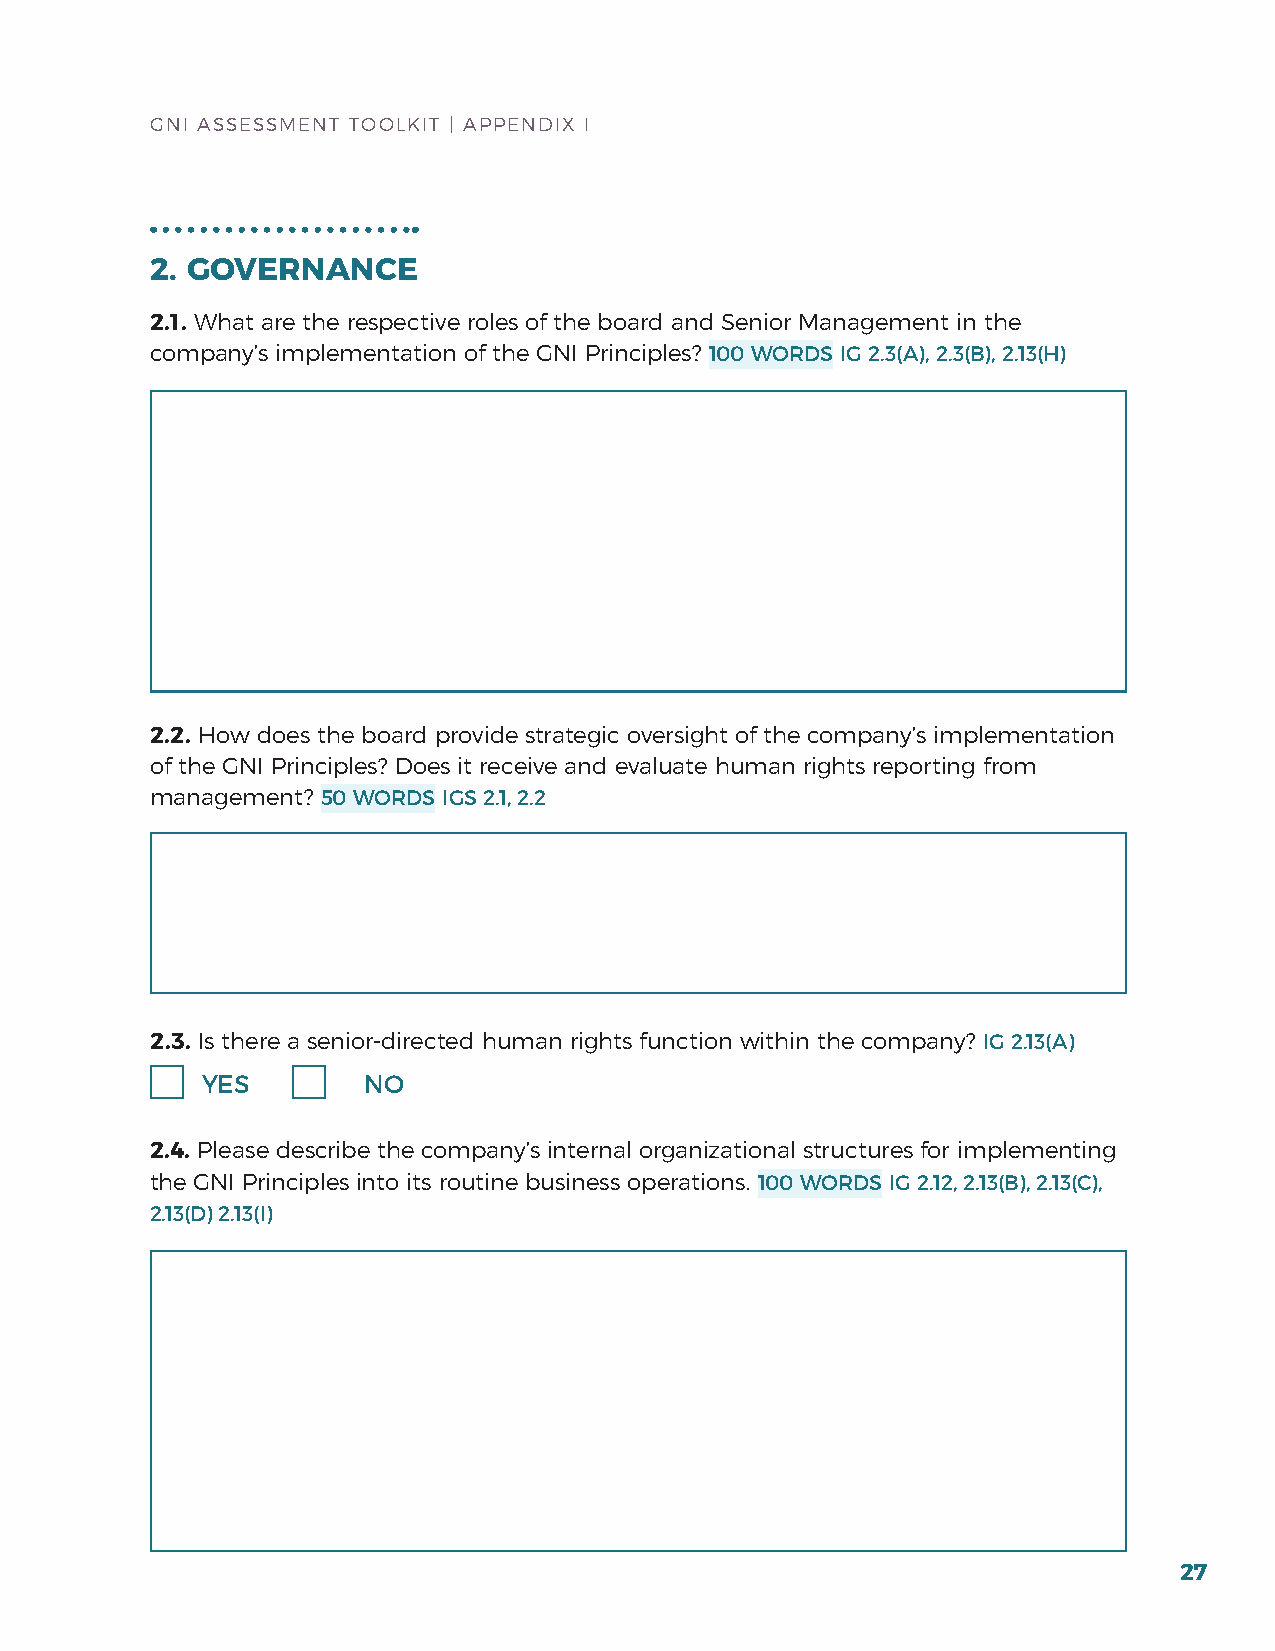
GNI ASSESSMENT TOOLKIT | APPENDIx I
 2. GOVERNANCE
 2.1. What are the respective roles of the board and Senior Management in the
 company’s implementation of the GNI Principles? 100 WORDS IG 2.3(A), 2.3(B), 2.13(H)
 2.2. how does the board provide strategic oversight of the company’s implementation
 of the GNI Principles? Does it receive and evaluate human rights reporting from
 management? 50 WORDS IGS 2.1, 2.2
 2.3. Is there a senior-directed human rights function within the company? IG 2.13(A)
 YES        NO
 2.4. Please describe the company’s internal organizational structures for implementing
 the GNI Principles into its routine business operations. 100 WORDS IG 2.12, 2.13(B), 2.13(C),
 2.13(D) 2.13(I)
 27